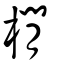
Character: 橌